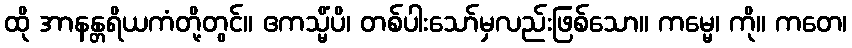
ထို အာနန္တရိယကံတို့တွင်။ ဧကသ္မိံပိ၊ တစ်ပါးသော်မှလည်းဖြစ်သော။ ကမ္မေ၊ ကို။ ကတေ၊